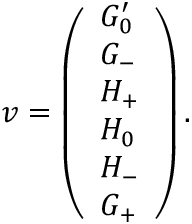
\boldsymbol { v } = \left( \begin{array} { l } { G _ { 0 } ^ { \prime } } \\ { G _ { - } } \\ { H _ { + } } \\ { H _ { 0 } } \\ { H _ { - } } \\ { G _ { + } } \end{array} \right) .